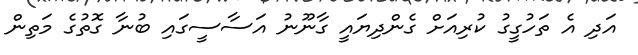
އަދި އެ ތަހުގީގު ކުރިއަށް ގެންދިޔައީ ގާނޫނު އަސާސީގައި ބުނާ ގޮތުގެ މަތިން